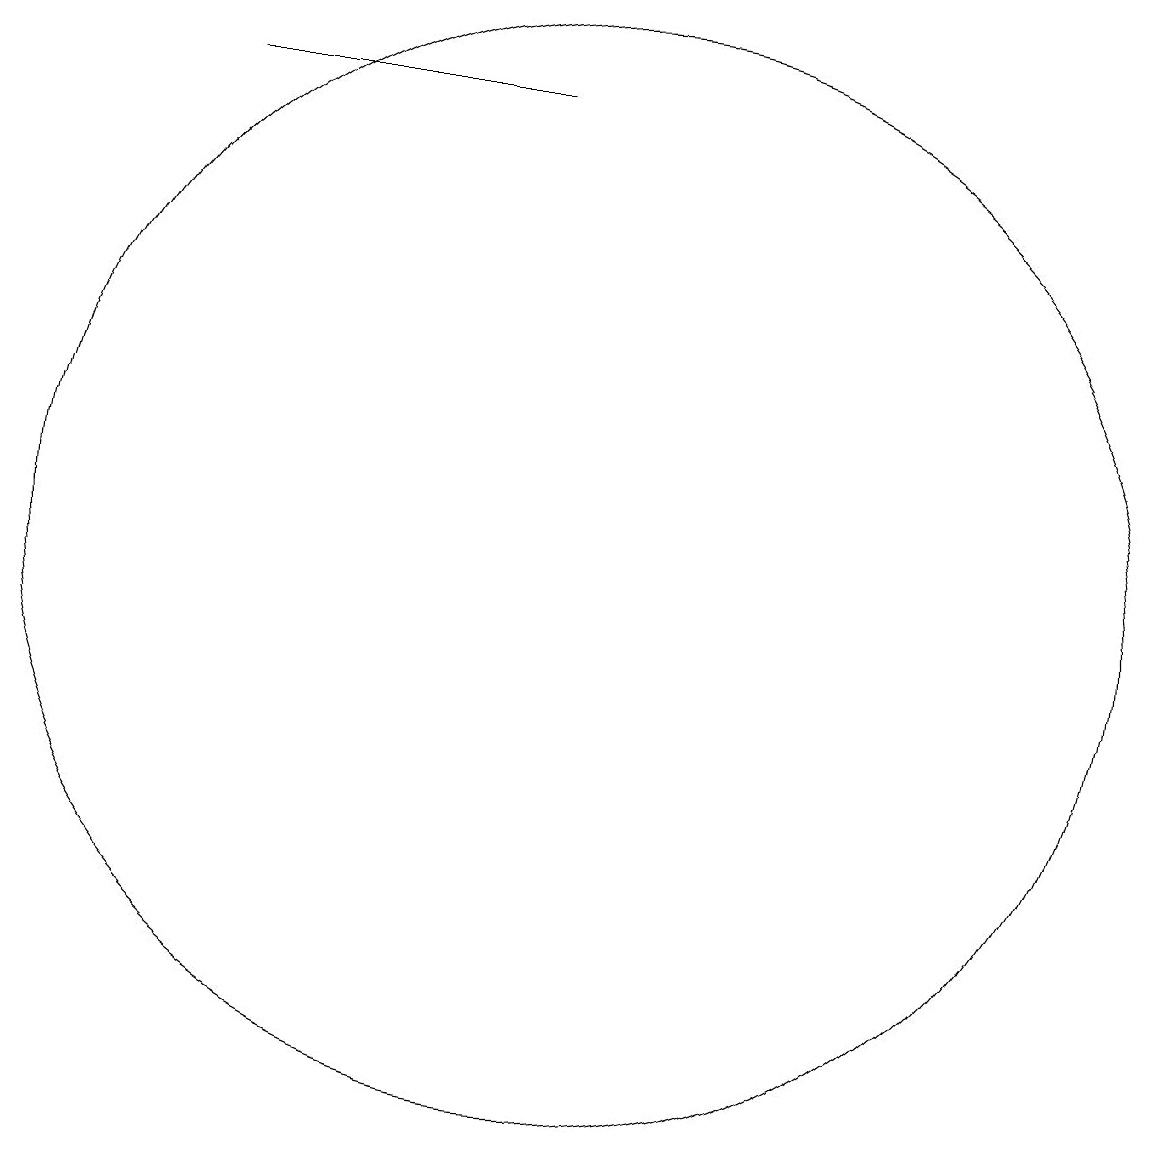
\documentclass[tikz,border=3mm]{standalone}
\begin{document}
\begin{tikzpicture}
\draw (9,18) rectangle (5,18);
\draw (10,12) circle (7);
\draw (12,11) circle (0);
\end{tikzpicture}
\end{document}